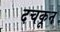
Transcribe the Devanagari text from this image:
दचकून